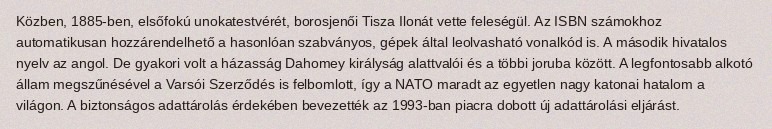
Közben, 1885-ben, elsőfokú unokatestvérét, borosjenői Tisza Ilonát vette feleségül. Az ISBN számokhoz automatikusan hozzárendelhető a hasonlóan szabványos, gépek által leolvasható vonalkód is. A második hivatalos nyelv az angol. De gyakori volt a házasság Dahomey királyság alattvalói és a többi joruba között. A legfontosabb alkotó állam megszűnésével a Varsói Szerződés is felbomlott, így a NATO maradt az egyetlen nagy katonai hatalom a világon. A biztonságos adattárolás érdekében bevezették az 1993-ban piacra dobott új adattárolási eljárást.